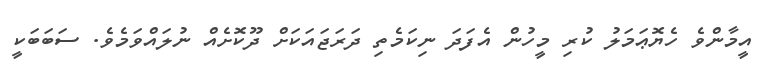
އީމާންވެ ހެޔޮޢަމަލު ކުރި މީހުން އެފަދަ ނިކަމެތި ދަރަޖައަކަށް ދޫކޮށެއް ނުލައްވަމެވެ. ސަބަބަކީ